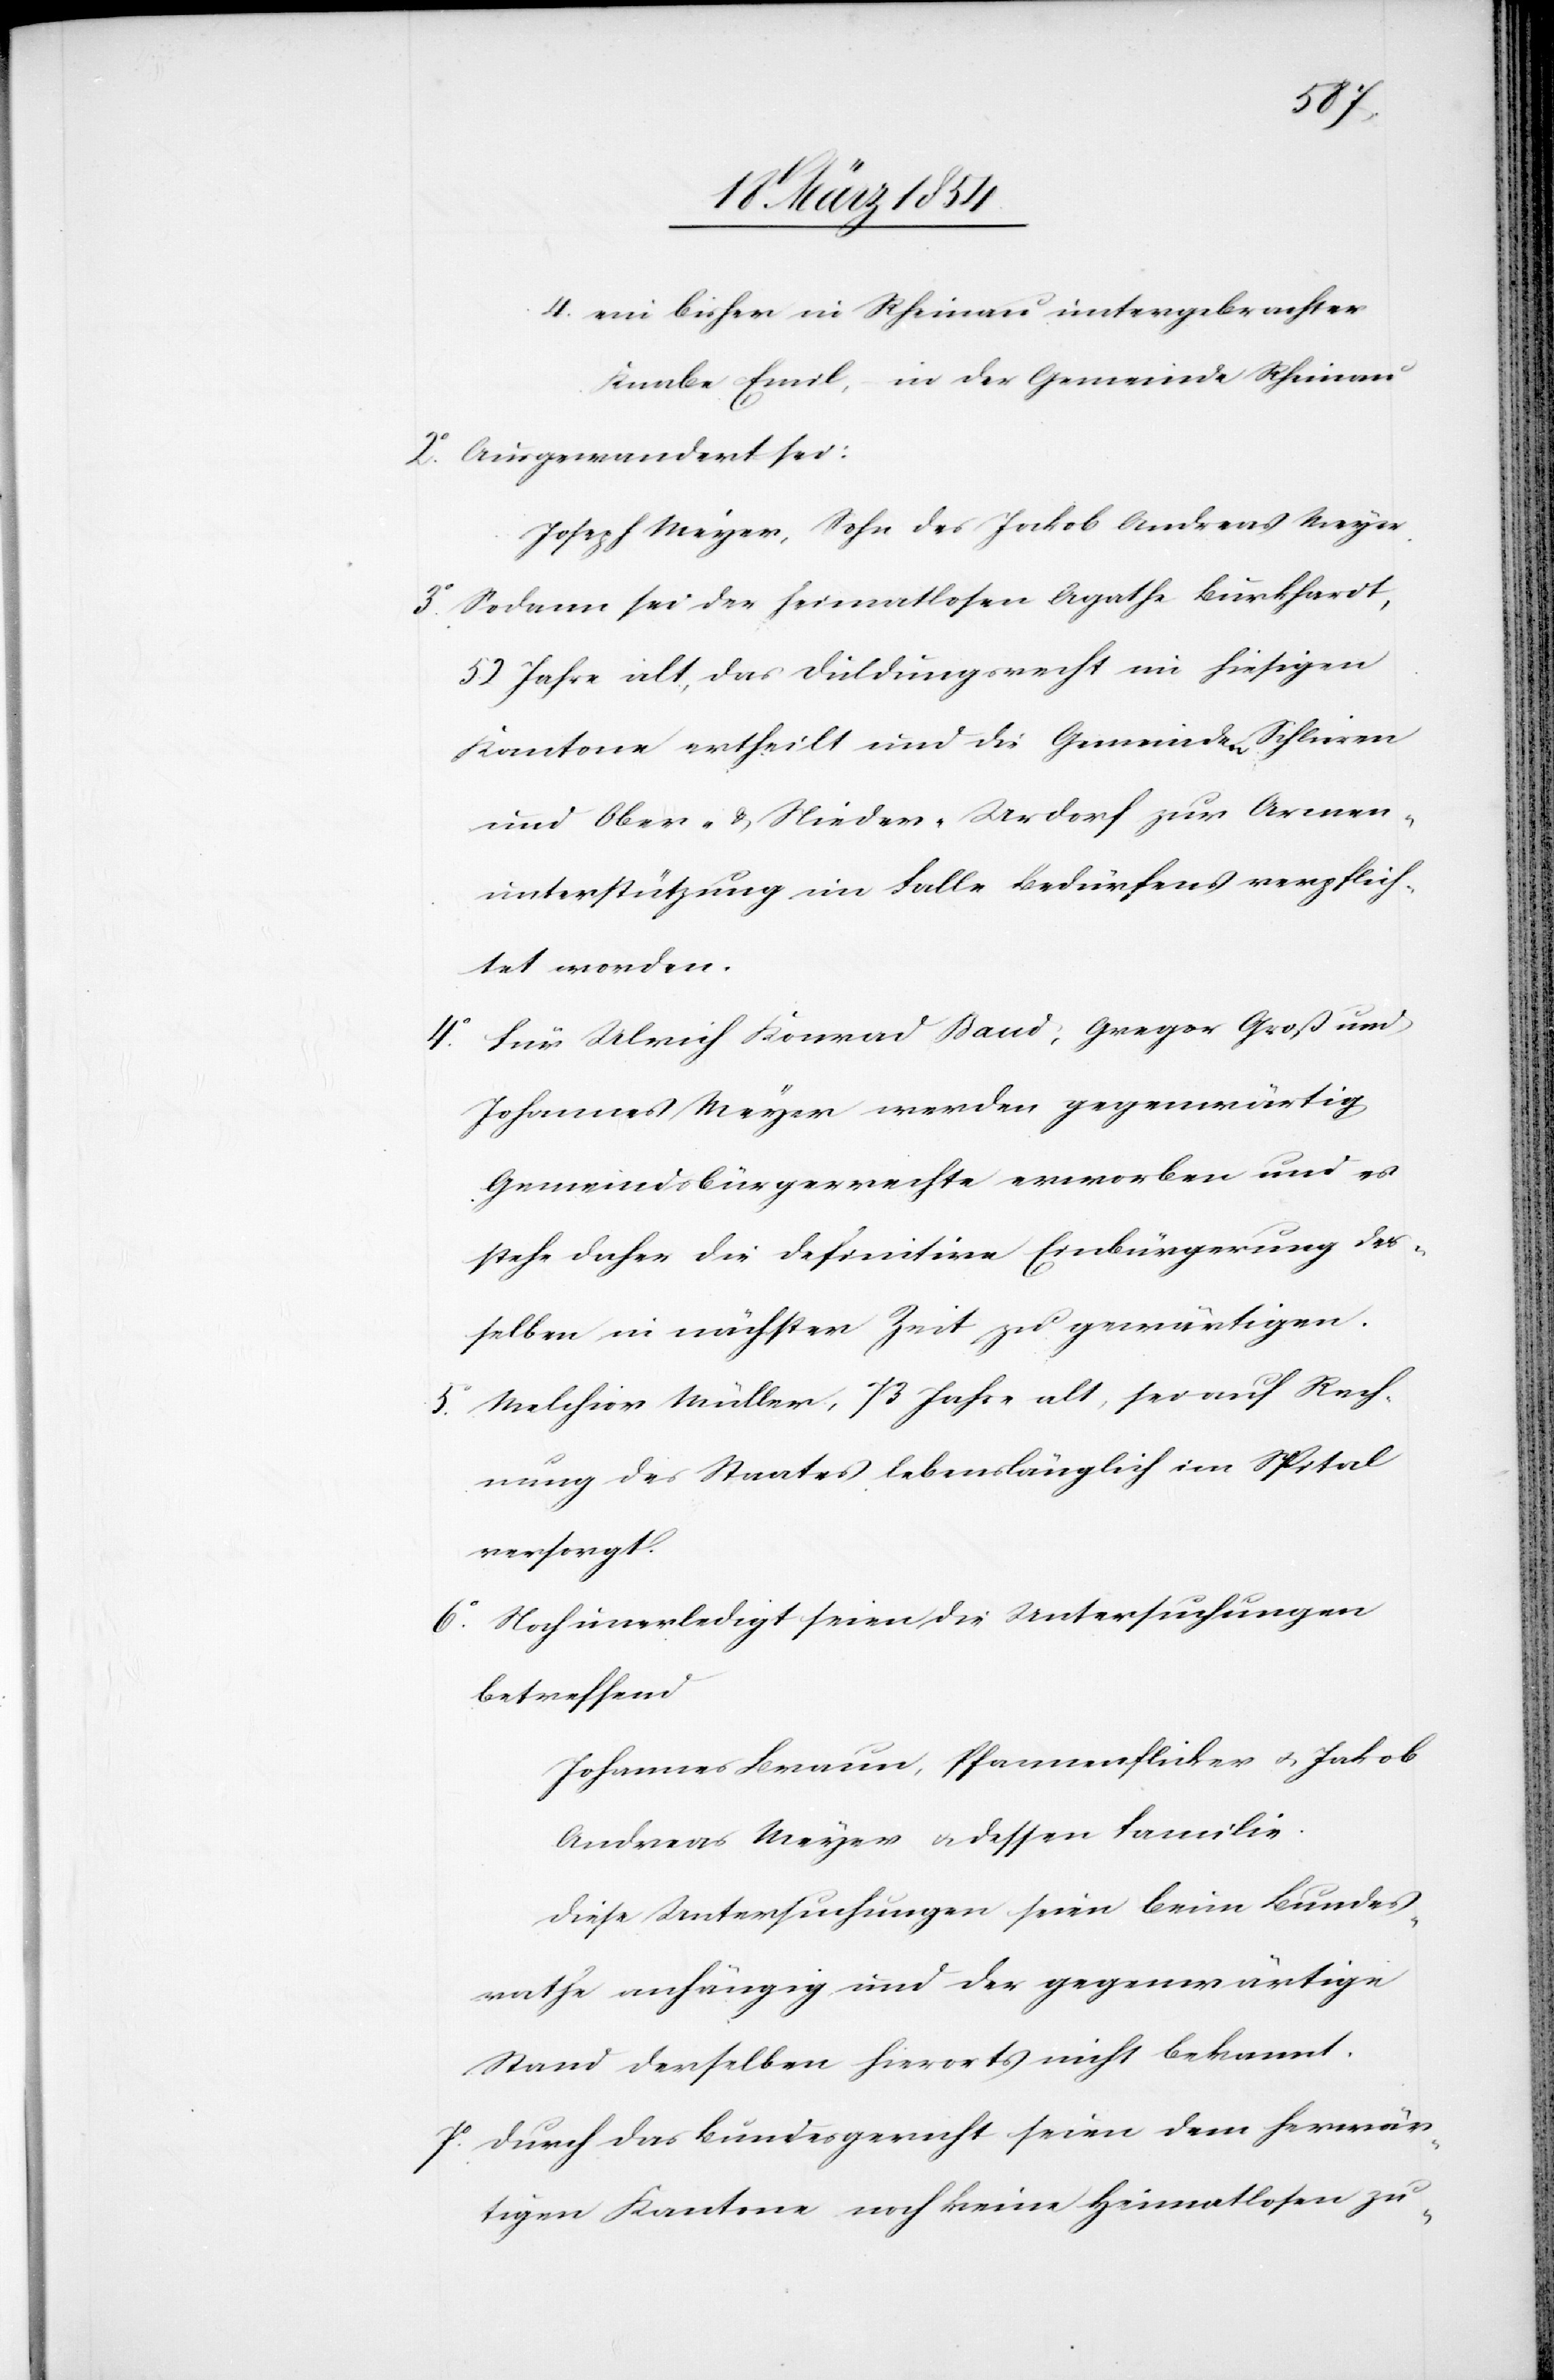
4. ein bisher in Rheinau untergebrachter
Knabe Emil, in der Gemeinde Rheinau
2o Ausgewandert sei:
Joseph Meyer, Sohn des Jakob Andreas Meyer.
3o Sodann sei der heimatlosen Agathe Burkhardt,
52 Jahre alt, das Duldungsrecht im hiesigen
Kantone ertheilt und die Gemeindea-n-a Schlieren
und Ober- & Nieder-Urdorf zur Armen¬
unterstützung im Falle Bedürfens verpflich¬
tet worden.
Für Ulrich Konrad Baud, Gregor Groß und
Johannes Meyer werden gegenwärtig
Gemeindsbürgerrechte erworben und es
stehe daher die definitive Einbürgerung der¬
selben in nächster Zeit zu gewärtigen.
5o Melchior Müller, 73 Jahre alt, sei auf Rech¬
nung des Staates lebenslänglich im Spital
versorgt.
6o Noch unerledigt seien die Untersuchungen
betreffend
Johannes Braun, Pfannenflicker u. Jakob
Andreas Meyer u. dessen Familie.
Diese Untersuchungen seien beim Bundes¬
rathe anhängig und der gegenwärtige
Stand derselben hierorts nicht bekannt.
7o Durch das Bundesgericht seien dem herwär¬
tigen Kantone noch keine Heimatlosen zu-